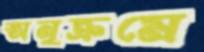
অনুক্রমে